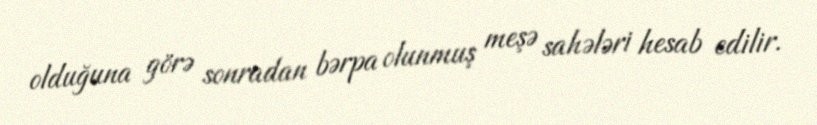
olduğuna görə sonradan bərpa olunmuş meşə sahələri hesab edilir.